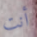
أنت